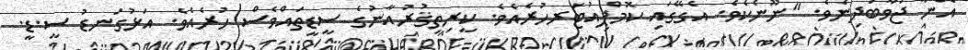
އެނާ ޖަވާބުދިނެވެ. "ނޫނެކެވެ. އެގޭގައި ކޮމްޕިއުޓަރހުރެއެވެ. ކީރިތިޤުރުއާނުގެ ސީޑީތައްވެސް ހުރެއެވެ. އަޅުގަނޑު ސީ.ޑީ.